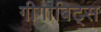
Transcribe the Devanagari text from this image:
गीगाबिट्स